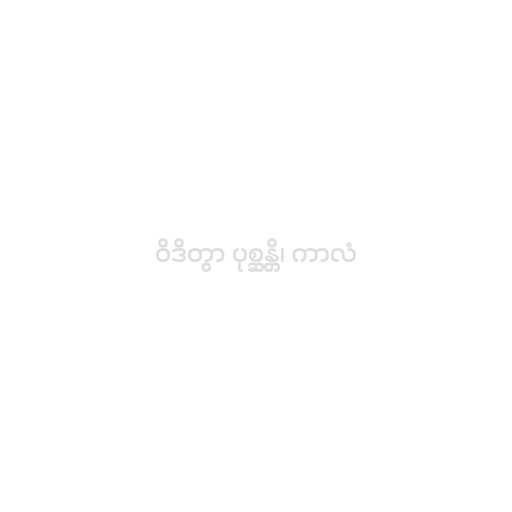
ဝိဒိတွာ ပုစ္ဆန္တိ၊ ကာလံ